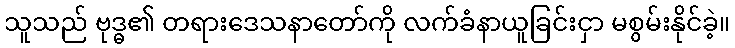
သူသည် ဗုဒ္ဓ၏ တရားဒေသနာတော်ကို လက်ခံနာယူခြင်းငှာ မစွမ်းနိုင်ခဲ့။